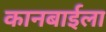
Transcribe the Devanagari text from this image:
कानबाईला